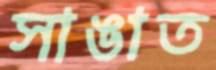
সাঙাত